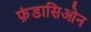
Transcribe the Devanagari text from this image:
फ़ंडासिओन